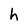
Character: h